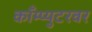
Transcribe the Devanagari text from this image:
काँम्प्युटरवर